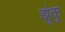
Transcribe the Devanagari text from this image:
झुंकू